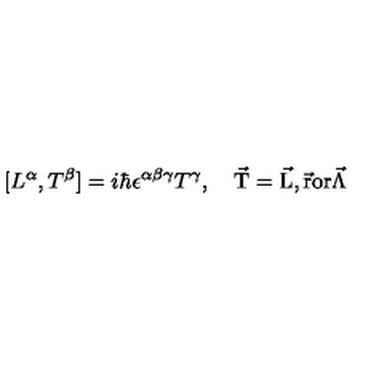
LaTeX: [ L ^ { \alpha } , T ^ { \beta } ] = i \hbar \epsilon ^ { \alpha \beta \gamma } T ^ { \gamma } , \quad \mathrm { \vec { T } = \vec { L } , \vec { r } o r \vec { \Lambda } }